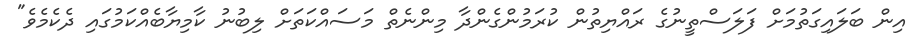
އިން ބަލައިގަތުމަށް ފަލަސްތީނުގެ ރައްޔިތުން ކުރަމުންގެންދާ މިންނެތް މަސައްކަތަށް ލިބުނު ކާމިޔާބެއްކަމުގައި ދެކެމެވެ"